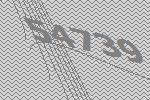
54739